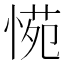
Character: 𭝪